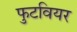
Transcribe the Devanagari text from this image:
फुटवियर